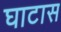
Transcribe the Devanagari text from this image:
घाटास